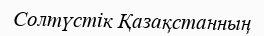
Солтүстік Қазақстанның